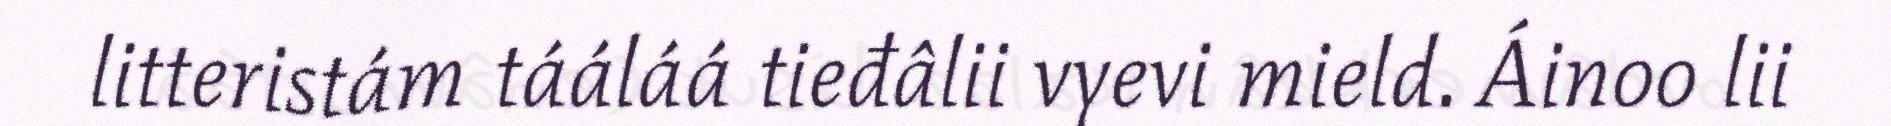
litteristám tááláá tieđâlii vyevi mield. Áinoo lii